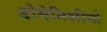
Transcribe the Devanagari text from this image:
डोमेनिशीनो